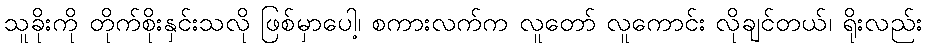
သူခိုးကို တိုက်စိုးနှင်းသလို ဖြစ်မှာပေါ့၊ စကားလက်က လူတော် လူကောင်း လိုချင်တယ်၊ ရိုးလည်း